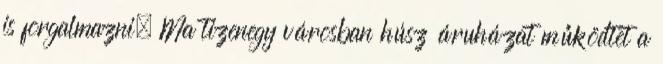
is forgalmazni. Ma tizenegy városban húsz áruházat működtet a